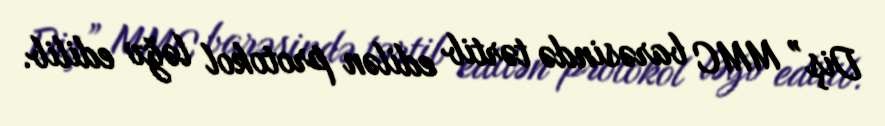
Diş” MMC barəsində tərtib edilən protokol ləğv edilib.